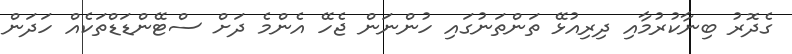
ގެދޮރު ބިނާކުރުމާއި ދިރިއުޅޭ ތަންތަނުގައި ހުންނަން ޖެހޭ އެންމެ ދަށް ސްޓޭންޑަޑްތަކެއް ހަދަން